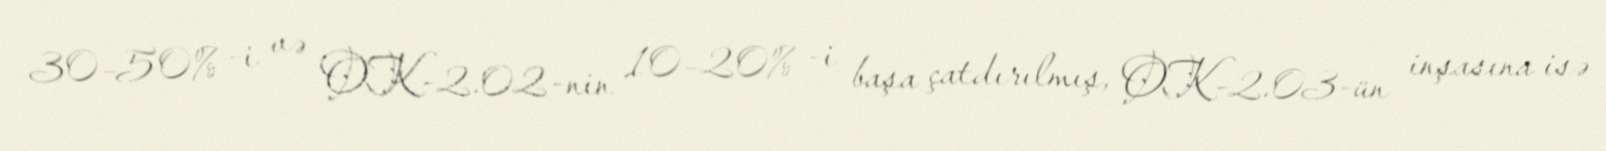
30–50% -i və OK-2.02-nin 10–20% -i başa çatdırılmış, OK-2.03-ün inşasına isə